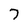
Character: 7